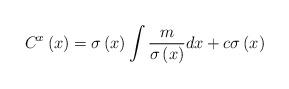
LaTeX: \begin{align*}C^{x}\left( x\right) =\sigma \left( x\right) \int \frac{m}{\sigma \left(x\right) }dx+c\sigma \left( x\right)\end{align*}